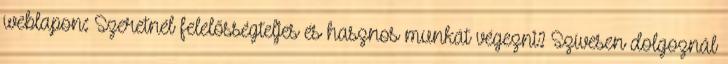
weblapon: Szeretnél felelősségteljes és hasznos munkát végezni? Szívesen dolgoznál